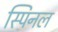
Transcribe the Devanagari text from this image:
स्पिनल